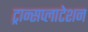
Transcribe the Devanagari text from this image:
ट्रान्सप्लाटेशन